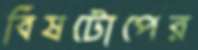
বিষটোপের